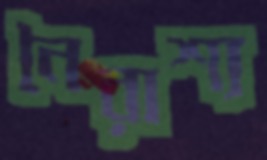
নৈরাশ্য